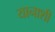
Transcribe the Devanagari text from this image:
यानाशी